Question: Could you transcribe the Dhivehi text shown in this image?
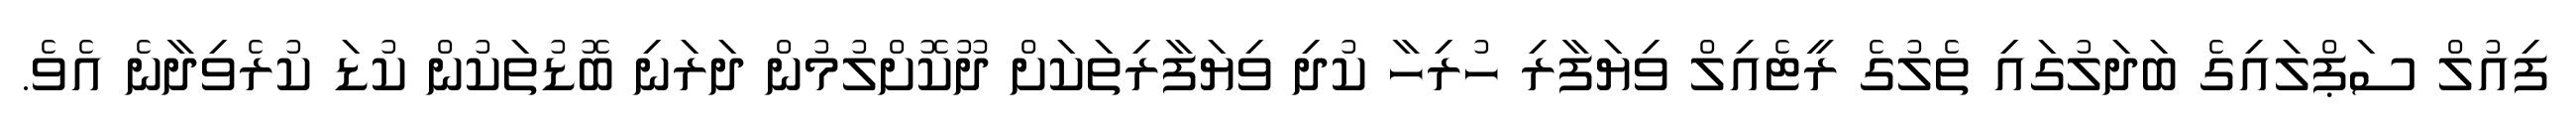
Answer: ފިއުލް ސަޕްލައިގެ ބަދަލުގައި ތެލުގެ ރީޓެއިލް ވިޔަފާރި ހުރިހާ ކުދި ވިޔަފާރިތަކަށް ދޫކޮށްލުމުން ދަރަނި ބޮޑުތަކުން ކުޑަ ކުރެވިދާނެ އެވެ.